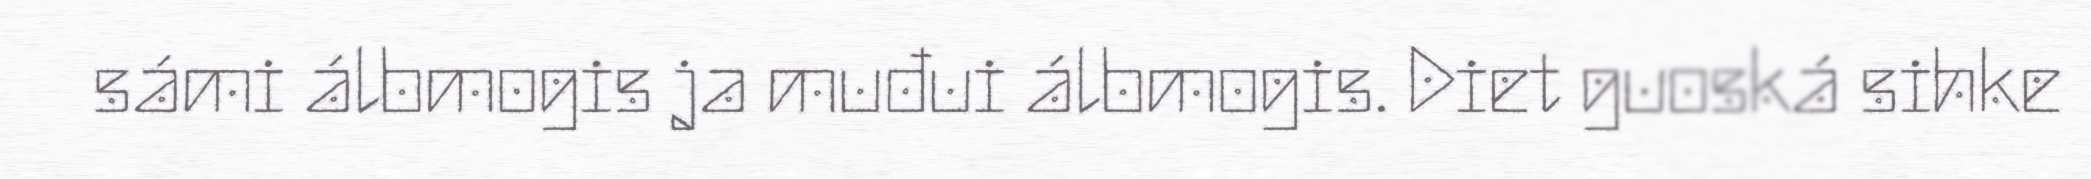
sámi álbmogis ja muđui álbmogis. Diet guoská sihke